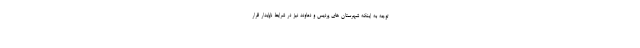
توجه به اینکه شهرستان های پردیس و دماوند نیز در شرایط ناپایدار قرار